Indian journal of veterinary science and animal husbandry - Volumes 22-23, 1952-1953
Year: 1952
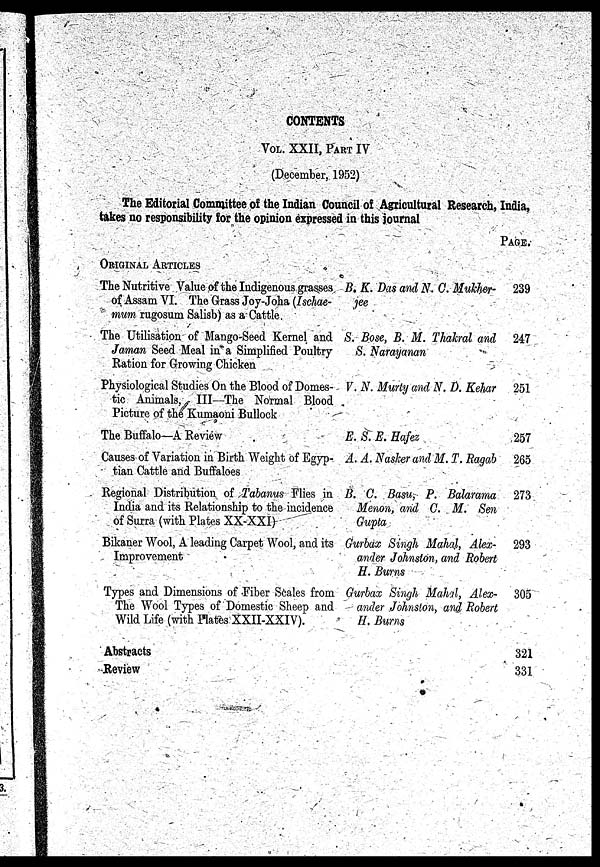
CONTENTS
VOL. XXII, PART IV
(December, 1952)
The Editorial Committee of the Indian Council of Agricultural Research, India,
takes no responsibility for the opinion expressed in this journal
ORIGINAL ARTICLES
The Nutritive Value of the Indigenous grasses
of Assam VI. The Grass Joy- Joha (Ischae-
mum rugosum Salisb) as a Cattle.
The Utilisation of Mango-Seed Kernel and
Jaman Seed Meal in a Simplified Poultry
Ration for Growing Chicken
Physiological Studies On the Blood of Domes-
tic Animals, III—The Normal Blood
Picture of the Kumaoni Bullock
The Buffalo—A Review
Causes of Variation in Birth Weight Of Egyp-
tian Cattle and Buffaloes
Regional Distribution of Tabanus Flies in
India and its Relationship to the incidence
of Surra (with Plates XX-XXI)
Bikaner Wool, A leading Carpet Wool, and its
Improvement
Types and Dimensions of Fiber Scales from
The Wool Types of Domestic Sheep and
Wild Life (with Hates XXII-XXIV).
B. K. Das and N. C. Mukher-
jee
S. Bose, B. M. Thakral and
S. Narayanan
V. N. Murty and N. D. Kehar
E. S. E. Hafez
A. A. Nasker and M. T. Ragab
B. C. Basu, P. Balarama
Menon, and C. M. Sen
Gupta
Gurbax Singh Mahal, Alex-
ander Johnston, and Robert
H. Burns
Gurbax Singh Mahal, Alex-
ander Johnston, and Robert
H. Burns
Abstracts
Review
PAGE.
239
247
251
257
265
273
293
305
321
331